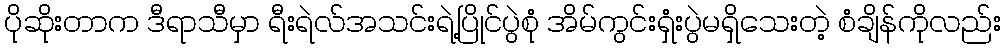
ပိုဆိုးတာက ဒီရာသီမှာ ရီးရဲလ်အသင်းရဲ့ပြိုင်ပွဲစုံ အိမ်ကွင်းရှံးပွဲမရှိသေးတဲ့ စံချိန်ကိုလည်း